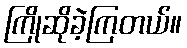
ကြိုဆိုခဲ့ကြတယ်။